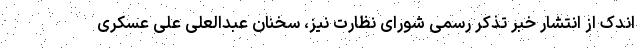
اندک از انتشار خبر تذکر رسمی شورای نظارت نیز، سخنان عبدالعلی علی عسکری